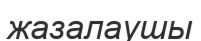
жазалаушы